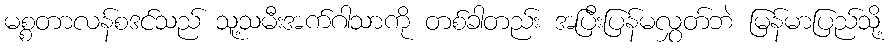
မစ္စတာလန်စဒင်သည် သူ့သမီးအက်ဂါသာကို တစ်ခါတည်း အပြီးပြန်မလွှတ်ဘဲ မြန်မာပြည်သို့